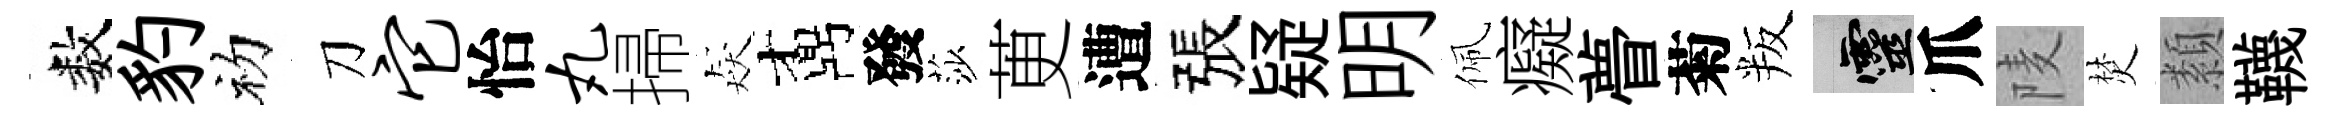
数豹初刀它怡丸掃猋鼒發莎茰遭張疑明佩癡瞢菊叛靈爪𨹧焚纇韈